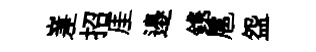
嵳招厓邉鎸扈盌